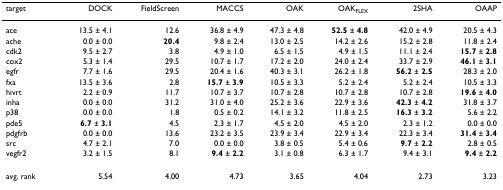
<table><thead><tr><td><b>target</b></td><td><b>DOCK</b></td><td><b>FieldScreen</b></td><td><b>MACCS</b></td><td><b>OAK</b></td><td><b>OAK<sub>FLEX</sub></b></td><td><b>2SHA</b></td><td><b>OAAP</b></td></tr></thead><tbody><tr><td>ace</td><td>13.5 ± 4.1</td><td>12.6</td><td>36.8 ± 4.9</td><td>47.3 ± 4.8</td><td><b>52.5 </b>± <b>4.8</b></td><td>42.0 ± 4.9</td><td>20.5 ± 4.3</td></tr><tr><td>ache</td><td>0.0 ± 0.0</td><td><b>20.4</b></td><td>9.8 ± 2.4</td><td>13.0 ± 2.5</td><td>14.2 ± 2.6</td><td>15.2 ± 2.8</td><td>11.8 ± 2.4</td></tr><tr><td>cdk2</td><td>9.5 ± 2.7</td><td>3.8</td><td>4.9 ± 1.0</td><td>6.5 ± 1.5</td><td>4.9 ± 1.5</td><td>11.1 ± 2.4</td><td><b>15.7 </b>± <b>2.8</b></td></tr><tr><td>cox2</td><td>5.3 ± 1.4</td><td>29.5</td><td>10.7 ± 1.7</td><td>17.2 ± 2.0</td><td>24.0 ± 2.4</td><td>33.7 ± 2.9</td><td><b>46.1 </b>± <b>3.1</b></td></tr><tr><td>egfr</td><td>7.7 ± 1.6</td><td>29.5</td><td>20.4 ± 1.6</td><td>40.3 ± 3.1</td><td>26.2 ± 1.8</td><td><b>56.2 </b>± <b>2.5</b></td><td>28.3 ± 2.0</td></tr><tr><td>fxa</td><td>13.5 ± 3.6</td><td>2.8</td><td><b>15.7 </b>± <b>3.9</b></td><td>10.5 ± 3.3</td><td>5.2 ± 2.4</td><td>5.2 ± 2.4</td><td>10.5 ± 3.3</td></tr><tr><td>hivrt</td><td>2.2 ± 0.9</td><td>11.7</td><td>10.7 ± 3.7</td><td>10.7 ± 2.8</td><td>10.7 ± 2.8</td><td>10.7 ± 2.8</td><td><b>19.6 </b>± <b>4.0</b></td></tr><tr><td>inha</td><td>0.0 ± 0.0</td><td>31.2</td><td>31.0 ± 4.0</td><td>25.2 ± 3.6</td><td>22.9 ± 3.6</td><td><b>42.3 </b>± <b>4.2</b></td><td>31.8 ± 3.7</td></tr><tr><td>p38</td><td>0.0 ± 0.0</td><td>1.8</td><td>0.5 ± 0.2</td><td>14.1 ± 3.2</td><td>11.8 ± 2.5</td><td><b>16.3 </b>± <b>3.2</b></td><td>5.6 ± 2.2</td></tr><tr><td>pde5</td><td><b>6.7 </b>± <b>3.1</b></td><td>4.5</td><td>2.3 ± 1.7</td><td>4.5 ± 2.0</td><td>4.5 ± 2.0</td><td>2.3 ± 1.2</td><td>0.0 ± 0.0</td></tr><tr><td>pdgfrb</td><td>0.0 ± 0.0</td><td>13.6</td><td>23.2 ± 3.5</td><td>23.9 ± 3.4</td><td>22.9 ± 3.4</td><td>22.3 ± 3.4</td><td><b>31.4 </b>± <b>3.4</b></td></tr><tr><td>src</td><td>4.7 ± 2.1</td><td>7.0</td><td>0.0 ± 0.0</td><td>3.8 ± 0.5</td><td>5.4 ± 0.6</td><td><b>9.7 </b>± <b>2.2</b></td><td>2.8 ± 0.5</td></tr><tr><td>vegfr2</td><td>3.2 ± 1.5</td><td>8.1</td><td><b>9.4 </b>± <b>2.2</b></td><td>3.1 ± 0.8</td><td>6.3 ± 1.7</td><td>9.4 ± 3.1</td><td><b>9.4 </b>± <b>2.2</b></td></tr><tr><td>avg. rank</td><td>5.54</td><td>4.00</td><td>4.73</td><td>3.65</td><td>4.04</td><td>2.73</td><td>3.23</td></tr></tbody></table>